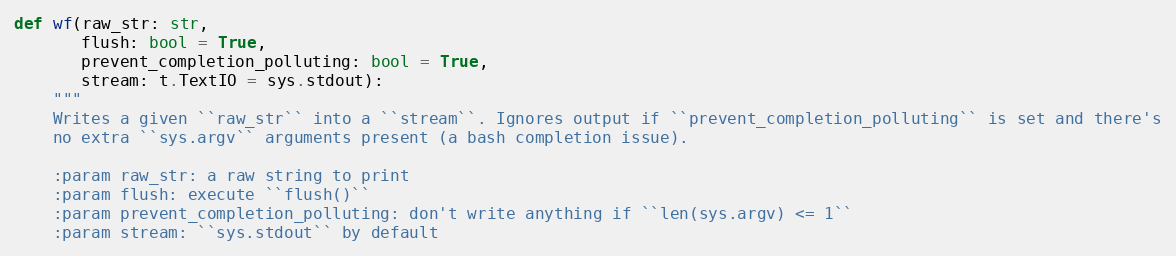
Language: Python
def wf(raw_str: str,
       flush: bool = True,
       prevent_completion_polluting: bool = True,
       stream: t.TextIO = sys.stdout):
    """
    Writes a given ``raw_str`` into a ``stream``. Ignores output if ``prevent_completion_polluting`` is set and there's
    no extra ``sys.argv`` arguments present (a bash completion issue).

    :param raw_str: a raw string to print
    :param flush: execute ``flush()``
    :param prevent_completion_polluting: don't write anything if ``len(sys.argv) <= 1``
    :param stream: ``sys.stdout`` by default